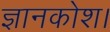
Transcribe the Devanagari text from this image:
ज्ञानकोश।